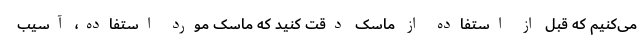
می‌کنیم که قبل از استفاده از ماسک دقت کنید که ماسک مورد استفاده، آسیب